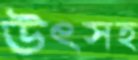
উৎসহ